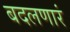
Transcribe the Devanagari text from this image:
बदलणारं